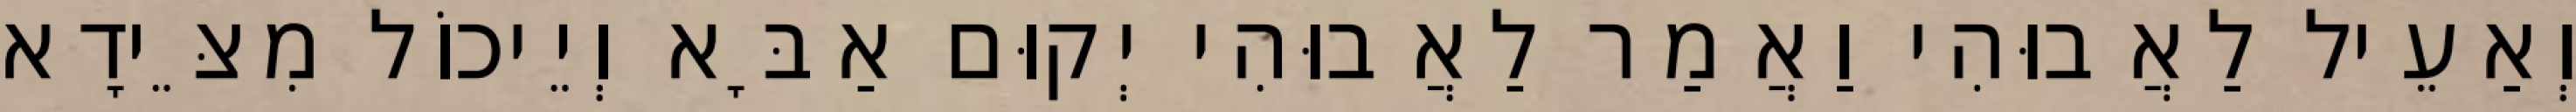
וְאַעֵיל לַאֲבוּהִי וַאֲמַר לַאֲבוּהִי יְקוּם אַבָּא וְיֵיכוֹל מִצֵּידָא